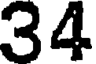
34